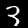
Digit: 3